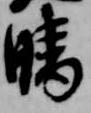
晴